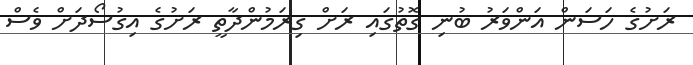
ރަށުގެ ހަސަން އަންވަރު ބުނި ގޮތުގައި ރަށް ގިރަމުންދާތީ ރަށުގެ އިގުސޯދަށް ވެސް